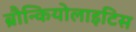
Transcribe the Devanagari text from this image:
ब्रौन्कियोलाइटिस